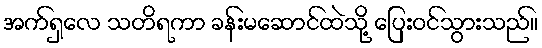
အက်ရှလေ သတိရကာ ခန်းမဆောင်ထဲသို့ ပြေးဝင်သွားသည်။